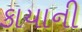
કાયાની